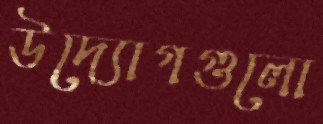
উদ্যোগগুলো